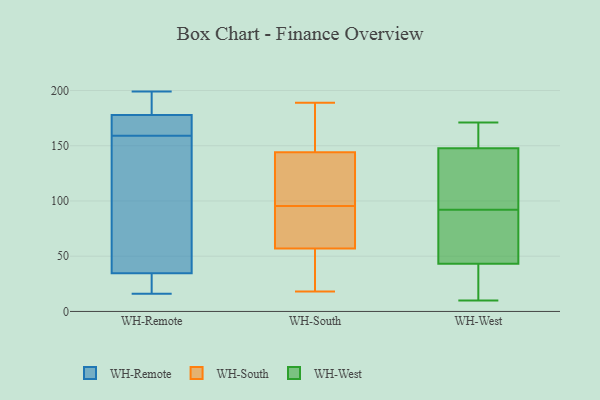
{"axis": {"x": "Production Output", "y": "Value"}, "legend": ["WH-Remote", "WH-South", "WH-West"], "data": [{"x": "", "y": 16, "type": "WH-Remote"}, {"x": "", "y": 31, "type": "WH-Remote"}, {"x": "", "y": 199, "type": "WH-Remote"}, {"x": "", "y": 29, "type": "WH-Remote"}, {"x": "", "y": 184, "type": "WH-Remote"}, {"x": "", "y": 179, "type": "WH-Remote"}, {"x": "", "y": 143, "type": "WH-Remote"}, {"x": "", "y": 45, "type": "WH-Remote"}, {"x": "", "y": 174, "type": "WH-Remote"}, {"x": "", "y": 159, "type": "WH-Remote"}, {"x": "", "y": 159, "type": "WH-Remote"}, {"x": "", "y": 176, "type": "WH-South"}, {"x": "", "y": 19, "type": "WH-South"}, {"x": "", "y": 41, "type": "WH-South"}, {"x": "", "y": 189, "type": "WH-South"}, {"x": "", "y": 111, "type": "WH-South"}, {"x": "", "y": 57, "type": "WH-South"}, {"x": "", "y": 72, "type": "WH-South"}, {"x": "", "y": 114, "type": "WH-South"}, {"x": "", "y": 89, "type": "WH-South"}, {"x": "", "y": 144, "type": "WH-South"}, {"x": "", "y": 188, "type": "WH-South"}, {"x": "", "y": 102, "type": "WH-South"}, {"x": "", "y": 29, "type": "WH-South"}, {"x": "", "y": 157, "type": "WH-South"}, {"x": "", "y": 138, "type": "WH-South"}, {"x": "", "y": 18, "type": "WH-South"}, {"x": "", "y": 87, "type": "WH-South"}, {"x": "", "y": 61, "type": "WH-South"}, {"x": "", "y": 40, "type": "WH-West"}, {"x": "", "y": 92, "type": "WH-West"}, {"x": "", "y": 16, "type": "WH-West"}, {"x": "", "y": 10, "type": "WH-West"}, {"x": "", "y": 86, "type": "WH-West"}, {"x": "", "y": 170, "type": "WH-West"}, {"x": "", "y": 53, "type": "WH-West"}, {"x": "", "y": 92, "type": "WH-West"}, {"x": "", "y": 132, "type": "WH-West"}, {"x": "", "y": 135, "type": "WH-West"}, {"x": "", "y": 157, "type": "WH-West"}, {"x": "", "y": 25, "type": "WH-West"}, {"x": "", "y": 171, "type": "WH-West"}, {"x": "", "y": 152, "type": "WH-West"}, {"x": "", "y": 111, "type": "WH-West"}]}